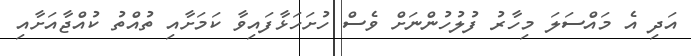
އަދި އެ މައްސަލަ މިހާރު ފުލުހުންނަށް ވެސް ހުށަހަޅާފައިވާ ކަމަށާއި ތުއްތު ކުއްޖާއަށާއި